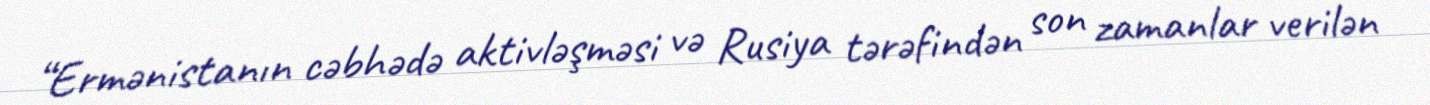
“Ermənistanın cəbhədə aktivləşməsi və Rusiya tərəfindən son zamanlar verilən